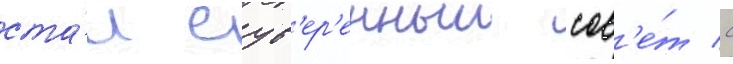
ста́л сув'ер'енныи сов'е́т с